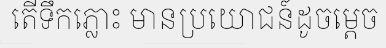
តើទឹកភ្លោះ មានប្រយោជន៍ដូចម្តេច